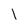
Character: 1